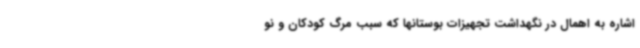
اشاره به اهمال در نگهداشت تجهیزات بوستانها که سبب مرگ کودکان و نو